Plague in India, 1896, 1897 - Volume 3
Year: 1896
Disease focus: Plague
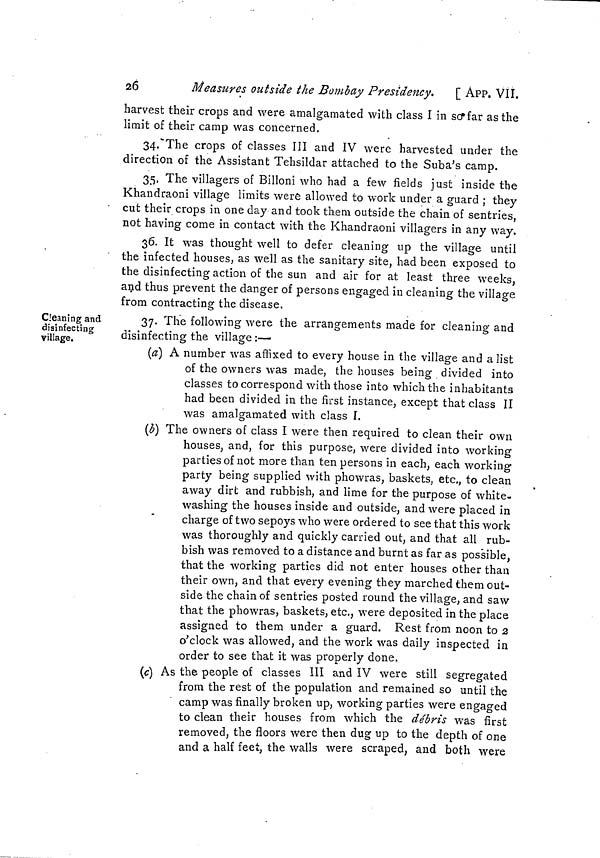
26
Measures outside the Bombay Presidency.
[ APP. VII.
harvest their crops and were amalgamated with class I in scf far as the
limit of their camp was concerned.
34."The crops of classes III and IV were harvested under the
direction of the Assistant Tehsildar attached to the Suba's camp.
35, The villagers of Billoni who had a few fields just inside the
Khandraoni village limits were allowed to work under a guard ; they
cut their crops in one day and took them outside the chain of sentries,
not having come in contact with the Khandraoni villagers in any way.
36. It was thought well to defer cleaning up the village until
the infected houses, as well as the sanitary site, had been exposed to
the disinfecting action of the sun and air for at least three weeks,
and thus prevent the danger of persons engaged in cleaning the village
from contracting the disease.
Cleaning and
disinfecting
village.
37. The following were the arrangements made for cleaning and
disinfecting the village :—-
[a] A number was affixed to every house in the village and a list
of the owners was made, the houses being divided into
classes to correspond with those into which the inhabitants
had been divided in the first instance, except that class II
was amalgamated with class I.
(b] The owners of class I were then required to clean their own
houses, and, for this purpose, were divided into working
parties of not more than ten persons in each, each working-
party being supplied with phowras, baskets, etc., to clean
away dirt and rubbish, and lime for the purpose of white-
washing the houses inside and outside, and were placed in
charge of two sepoys who were ordered to see that this work
was thoroughly and quickly carried out, and that all rub-
bish was removed to a distance and burnt as far as possible,
that the working parties did not enter houses other than
their own, and that every evening they marched them out-
side the chain of sentries posted round the village, and saw
that the phowras, baskets, etc., were deposited in the place
assigned to them under a guard. Rest from noon to 2
o'clock was allowed, and the work was daily inspected in
order to see that it was properly done.
(c] As the people of classes III and IV were still segregated
from the rest of the population and remained so until the
" camp was finally broken up, working parties were engaged
to clean their houses from which the débris was first
removed, the floors were then dug up to the depth of one
and a half feet, the walls were scraped, and both were